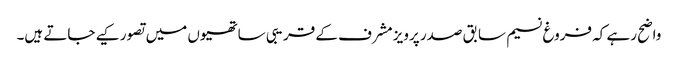
واضح رہے کہ فروغ نسیم سابق صدر پرویز مشرف کے قریبی ساتھیوں میں تصور کیے جاتے ہیں۔